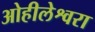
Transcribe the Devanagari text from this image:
ओहीलेश्वरा